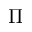
\Pi